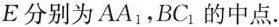
E分别为AA_{1}，BC_{1}的中点.